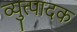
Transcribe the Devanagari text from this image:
व्युत्पादक